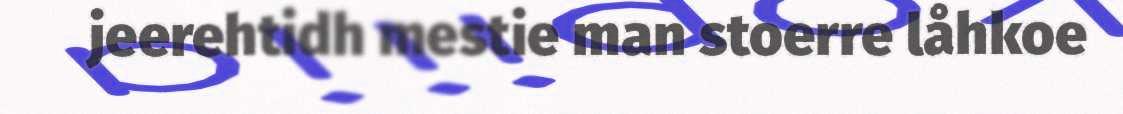
jeerehtidh mestie man stoerre låhkoe